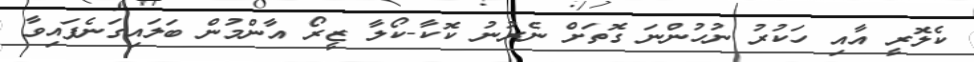
ކެލޮރީ އާއި ހަކުރު ނުހުންނަ ގޮތަށް ނެރުނު ކޮކާ-ކޯލާ ޒީރޯ އާންމުން ބަލައިގަނެފައިވާ